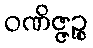
ဝဏိဇ္ဇဉ္စ